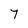
Character: 7